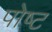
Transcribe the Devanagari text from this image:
पोष्‍ट